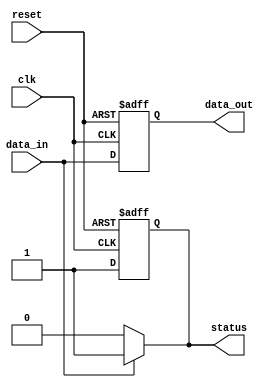
module event_control_example (
    input wire clk,         // Clock input
    input wire reset,       // Asynchronous reset
    input wire data_in,     // Input data signal
    output reg data_out,    // Output data signal
    output reg status       // Status flag
);

    // Initial block for setting initial conditions
    initial begin
        data_out = 0;
        status = 0;
    end

    // Always block sensitive to clock edge and reset
    always @(posedge clk or posedge reset) begin
        if (reset) begin
            // Reset behavior
            data_out <= 0;
            status <= 0;
        end else begin
            // Normal operation on clock edge
            data_out <= data_in; // Pass input data to output
            status <= 1;         // Set status to indicate data is ready
        end
    end

    // Event handling for data_in changes
    always @(data_in) begin
        // Respond to changes in data_in
        if (data_in) begin
            // If data_in is high, update status
            status <= 1; // Data is valid
        end else begin
            // If data_in is low, update status
            status <= 0; // Data is invalid
        end
    end

endmodule